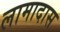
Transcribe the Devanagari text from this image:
लामादास